Vaccine operations Central Provinces & Berar 1912-1920 - 1912-1920
Year: 1912
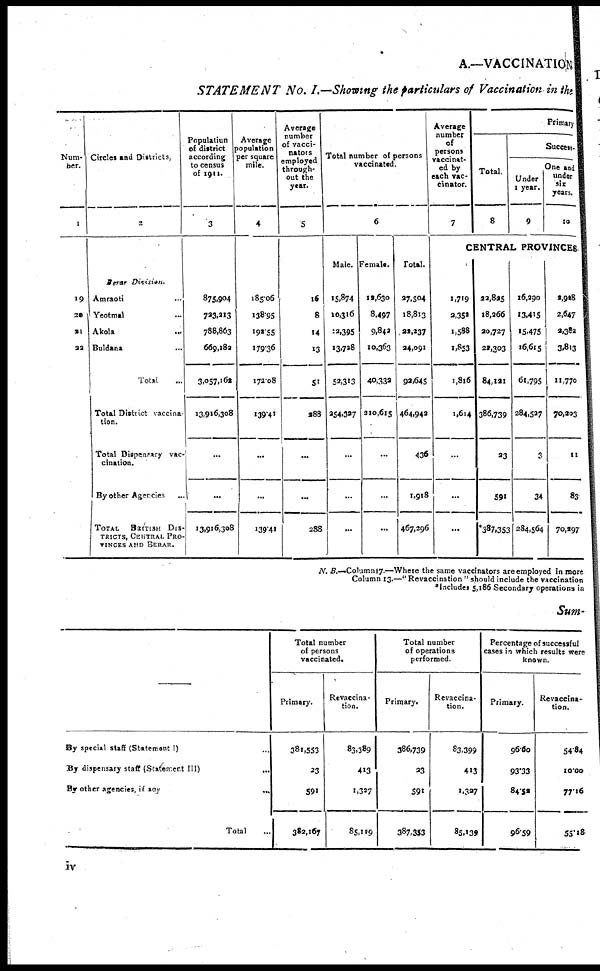
A.—VACCINATION
STATEMENT No. I.—Showing the particulars of Vaccination in the
Num-
ber.
1
19
20
21
22
Circles and Districts,
2
Berar Division.
Amraoti...
Yeotmal...
Akola...
Buldana...
Total...
Total District vaccina
tion.
Total Dispensary vac-
cination.
By other Agencies...
TOTAL BRITISH DIS-
TRICTS, CENTRAL PRO-
VINCES AND BERAR.
Populatiun
of district
according
to census
of 1911.
3
875,904
723,213
788,863
669,182
3,057,162
13,916,308
...
...
13,916,308
Average
population
per square
mile.
4
185.06
138.95
192.55
179.36
172.08
139.41
...
...
139.41
Average
number
of vacci-
nators
employed
through-
out the
year.
5
16
8
14
13
51
288
...
...
288
Total number of persons
vaccinated.
6
Male.
15,874
10,316
12,395
13,728
52,313
254,327
...
...
...
Female.
13,630
8,497
9,842
10,363
40,332
210,615
...
...
...
Total.
27,504
18,813
22,237
24,091
92,645
464,942
436
1,918
467,296
Average
number
of
persons
vaccinat-
ed by
each vac-
cinator.
7
Primary
Total.
8
Success-
Under
1 year.
9
One and
under
six
years.
10
CENTRAL PROVINCES
1,719
2,352
1,588
1,853
1,816
1,614
...
...
...
22,825
18,266
20,727
22,303
84,121
386,739
23
591
*387,353
16,290
13,415
15,475
16,615
61,795
284,527
3
34
284,564
2,928
2,647
2,382
3,813
11,770
70,203
11
83
70,297
N. B.—Column 17.—Where the same vaccinators are employed in more
Column 13.—" Revaccination " should include the vaccination
*Includes 5,186 Secondary operations in
Sum-
—
By special staff (Statement I)...
By dispensary staff (Statement
III)...
By other agencies, if
any...
Total...
Total number
of persons
vaccinated.
Primary.
381,553
23
591
382,167
Revaccina-
tion.
83,389
413
1,327
85,189
Total number
of operations
performed.
Primary.
386,739
23
591
387,353
Revaccina-
tion.
83,399
413
1,327
85,139
Percentage of successful
cases in which results were
known.
Primary.
96.60
93.33
84.52
96.59
Revaccina-
tion.
54.84
10.00
77.16
55.18
iv